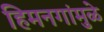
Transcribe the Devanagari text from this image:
हिमनगांमुळे